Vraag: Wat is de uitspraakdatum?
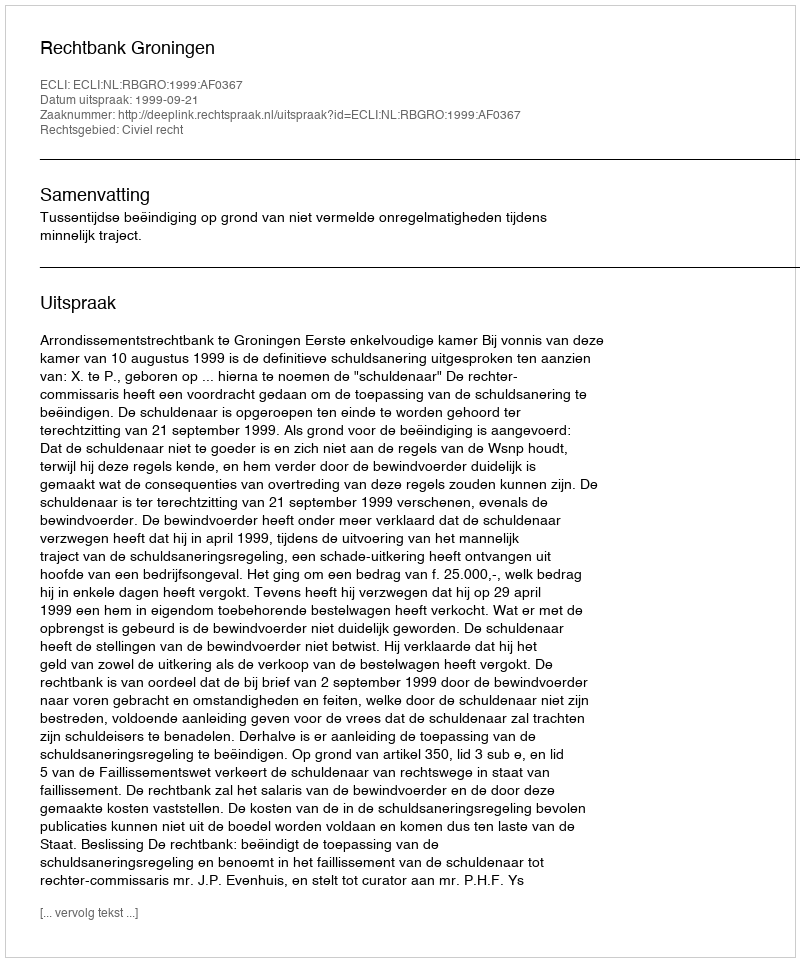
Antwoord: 1999-09-21